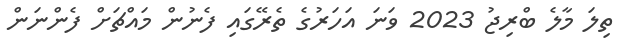
ތިލަ މާލެ ބްރިޖު 2023 ވަނަ އަހަރުގެ ތެރޭގައި ފެނުން މައްޗަށް ފެންނަން